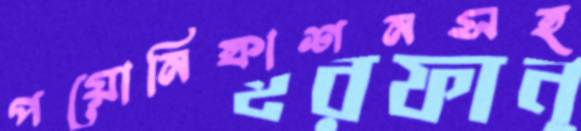
পয়োনিষ্কাশনসহ